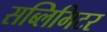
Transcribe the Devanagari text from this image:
सब्लिमिटर